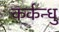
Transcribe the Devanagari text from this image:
कर्कन्धु